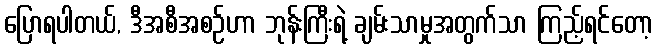
ပြောရပါတယ်, ဒီအစီအစဉ်ဟာ ဘုန်းကြီးရဲ့ ချမ်းသာမှုအတွက်သာ ကြည့်ရင်တော့